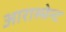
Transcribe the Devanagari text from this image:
आरास्मेन्ट